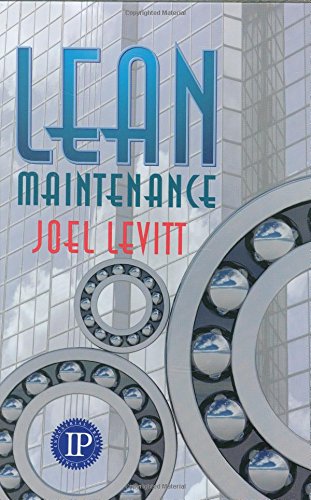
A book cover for Lean Maintenance; Joel Levitt; Business & Money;